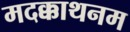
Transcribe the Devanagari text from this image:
मदक्काथनम